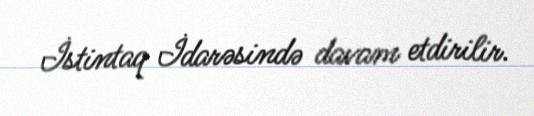
İstintaq İdarəsində davam etdirilir.